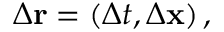
\Delta \mathbf { r } = \left( \Delta t , \Delta \mathbf { x } \right) ,